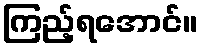
ကြည့်ရအောင်။